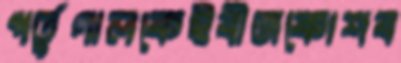
পর্তুগালকেইবীজকোশব